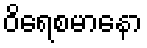
ဝိရေစမာနော